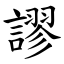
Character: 謬